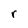
Character: r